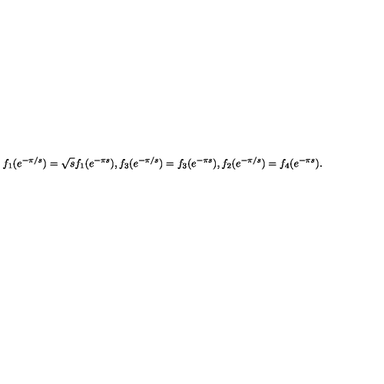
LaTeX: f _ { 1 } ( e ^ { - \pi / s } ) = \sqrt { s } f _ { 1 } ( e ^ { - \pi s } ) , f _ { 3 } ( e ^ { - \pi / s } ) = f _ { 3 } ( e ^ { - \pi s } ) , f _ { 2 } ( e ^ { - \pi / s } ) = f _ { 4 } ( e ^ { - \pi s } ) .